Bulletin of the Pasteur Institute of Southern India, Coonoor - No. 3.
Year: 1910
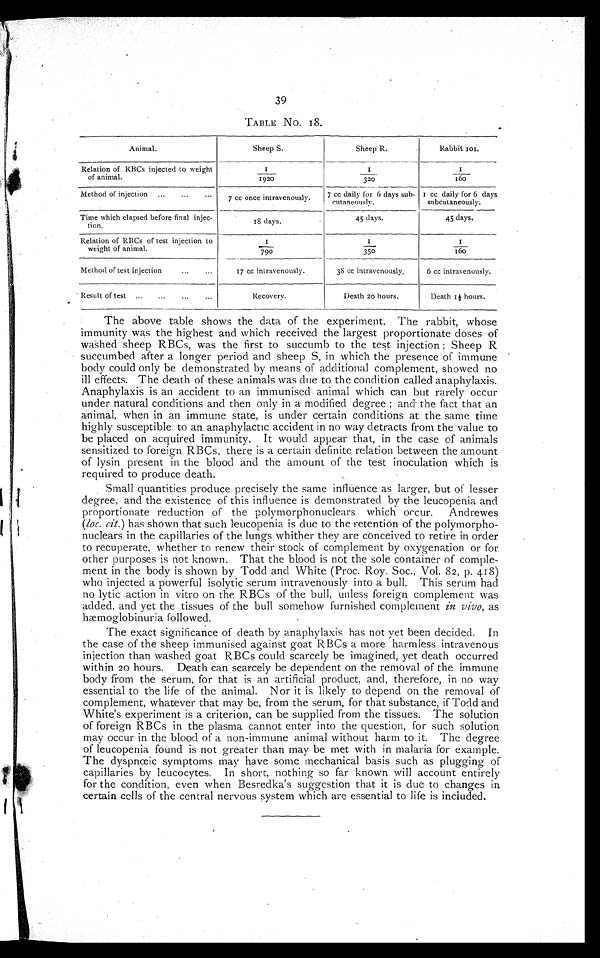
39
TABLE NO. 18.
Animal.
Sheep S.
Sheep R.
Rabbit 101.
Relation of RBCs injected to weight
of animal.
1 / 1 9 2 0
1/320
1/160
Method of injection ...
...
...
7 cc once intravenously.
7 cc dail for 6 days sub-
cutaneously.
1 cc daily for 6 days
subcutaneously.
Time which elapsed before final injec-
tion.
18 days.
45 days.
45 days.
Relation of RBCs of test injection to
weight of animal.
1 / 7 9 0
1 / 3 5 0
1 / 1 6 0
Method of test injection
•••
•••
17 cc intravenously.
38 cc intravenously.
6 cc intravenously.
Result of test ...
...
...
...
Recovery.
Death 20 hours.
Death 1½ hours.
The above table shows the data of the experiment. The rabbit, whose
immunity was the highest and which received the largest proportionate doses of
washed sheep RBCs, was the first to succumb to the test injection ; Sheep R
succumbed after a longer period and sheep S, in which the presence of immune
body could only be demonstrated by means of additional complement, showed no
ill effects. The death of these animals was due to the condition. called anaphylaxis.
Anaphylaxis is an accident to an immunised animal which. can but rarely occur
under natural conditions and then only in a modified degree ; and the fact that an
animal, when in an immune state, is under certain conditions at the same time
highly susceptible to an anaphylactic accident in no way detracts from the value to
be placed on acquired immunity. It would appear that, in the case of animals
sensitized to foreign RBCs, there is a certain definite relation between the amount
of lysin present in the blood and the amount of the test inoculation which is
required to produce death.
Small quantities produce precisely the same influence as larger, but of lesser
degree; and the existence of this influence is demonstrated by the leucopenia and
proportionate reduction of the polymorphonuclears which occur. Andrewes
(loc. cit.) has shown that such leucopenia is due to the retention of the polymorpho-
nuclears in the capillaries of the lungs whither they are conceived to retire in order
to recuperate, whether to renew their stock of complement by oxygenation or for
other purposes is not known. That the blood is not the sole container of comple-
ment in the body is shown by Todd and White (Proc. Roy. Soc., Vol. 82, p. 418)
who injected a powerful isolytic serum intravenously into a bull. This serum had
no lytic action in vitro on the RBCs of the bull, unless foreign complement was
added, and yet the tissues of the bull somehow furnished complement in vivo, as
bæmoglobinuria followed.
The exact significance of death by anaphylaxis has not yet been decided. In
the case of the sheep immunised against goat RBCs a more harmless intravenous
injection than washed goat RBCs could scarcely be imagined, yet death. occurred
within 20 hours. Death can scarcely be dependent on the removal of the immune
body from the serum, for that is an artificial product, and, therefore, in no way
essential to the life of the animal. Nor it is likely to depend on the removal of
complement, whatever that may be, from the serum, for that substance, if Todd and
White's experiment is a criterion, can be supplied from the tissues. The solution
of foreign RBCs in the plasma cannot enter into the question, for such solution
may occur in the blood of a non-immune animal without harm to it. The degree
of leucopenia found is not greater than may be met with. in malaria for example.
The dyspnœic symptoms may have some mechanical basis such as plugging of
capillaries by leucocytes. In short, nothing so far known will account entirely
for the condition, even when Besredka's suggestion that it is due to changes in
certain cells of the central nervous system which are essential to life is included.